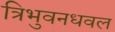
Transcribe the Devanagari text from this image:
त्रिभुवनधवल